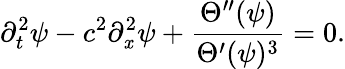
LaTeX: \partial_{t}^{2}\psi-c^{2}\partial_{\mathit{x}}^{2}\psi+\frac{{\Theta^{\prime\prime}(\psi)}}{{\Theta^{\prime}(\psi)^{3}}}=0.